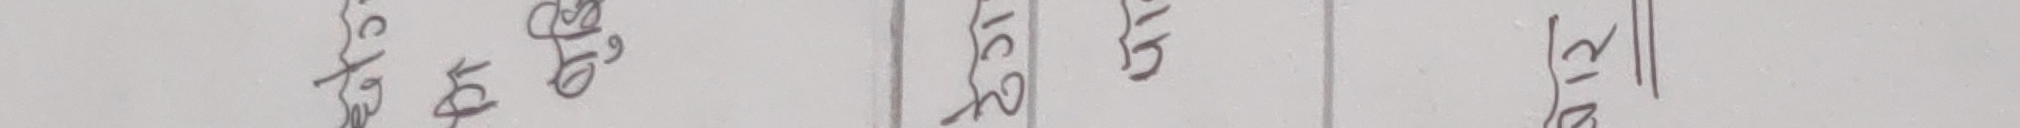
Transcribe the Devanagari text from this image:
रु १५ १६
७९ ५७
१६ २५
१२ १६